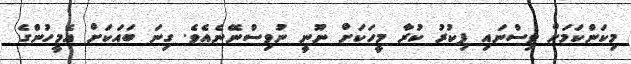
މިކަންކަމަށް ވިސްނައި ފިކުރު ކުރާ މީހަކަށް ނޫނީ ނުވިސްނޭނެއެވެ. ގިނަ ބައަކަށް އެމީހުންގެ